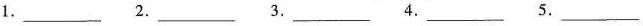
1.___ 2.___ 3___ 4.___ 5.___